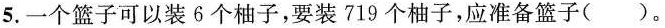
5.一个篮子可以装6个柚子，要装719个柚子，应准备篮子( )。